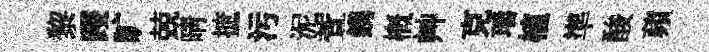
黎躞旷兢晴摭汚泥萱鎸概艸克瑶植準酸蘋